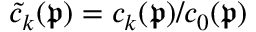
\widetilde { c } _ { k } ( \mathfrak { p } ) = c _ { k } ( \mathfrak { p } ) / c _ { 0 } ( \mathfrak { p } )